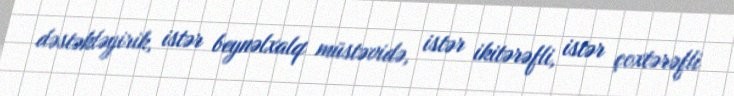
dəstəkləyirik, istər beynəlxalq müstəvidə, istər ikitərəfli, istər çoxtərəfli